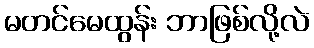
မတင်မေထွန်း ဘာဖြစ်လို့လဲ